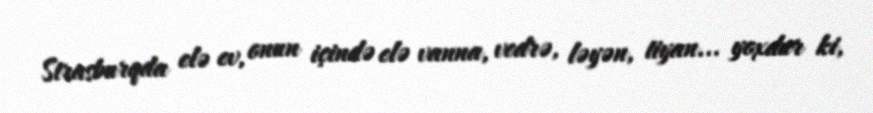
Strasburqda elə ev, onun içində elə vanna, vedrə, ləyən, tiyan... yoxdur ki,